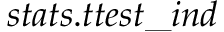
s t a t s . t t e s t \_ i n d